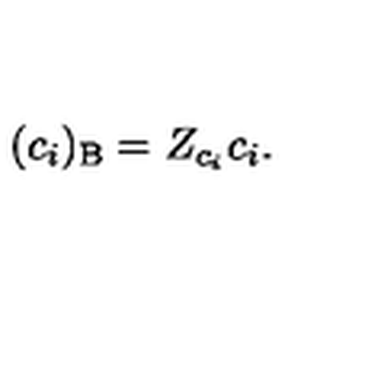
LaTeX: ( c _ { i } ) _ { \mathrm { B } } = Z _ { c _ { i } } c _ { i } .